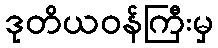
ဒုတိယဝန်ကြီးမှ